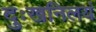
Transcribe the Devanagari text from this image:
दुःखनिलयं